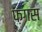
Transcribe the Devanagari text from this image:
फ़गस